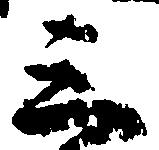
三